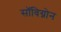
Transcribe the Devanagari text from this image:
सॉविग्नोन